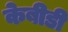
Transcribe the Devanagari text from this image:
केबीडी